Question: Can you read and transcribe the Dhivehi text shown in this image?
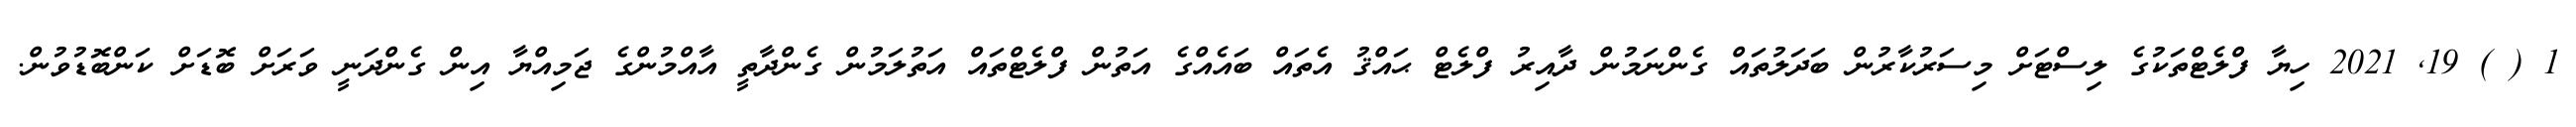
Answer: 1 ( ) 19, 2021 ހިޔާ ފްލެޓްތަކުގެ ލިސްޓަށް މިސަރުކާރުން ބަދަލުތައް ގެންނަމުން ދާއިރު ފްލެޓް ޙައްޤު އެތައް ބައެއްގެ އަތުން ފްލެޓްތައް އަތުލަމުން ގެންދާތީ އާއްމުންގެ ޖަމިއްޔާ އިން ގެންދަނީ ވަރަށް ބޮޑަށް ކަންބޮޑުވުން.